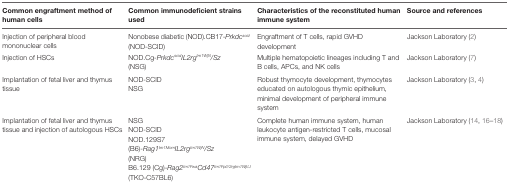
| Common engraftment method of human cells | Common immunodeficient strains used | Characteristics of the reconstituted human immune system | Source and references |
 | --- | --- | --- | --- |
 | Injection of peripheral blood mononuclear cells | Nonobese diabetic (NOD).CB17-Prkdcscid (NOD-SCID) | Engraftment of T cells, rapid GVHD development | Jackson Laboratory (2) |
 | Injection of HSCs | NOD.Cg-PrkdcscidIL2rgtm1WjN/Sz (NSG) | Multiple hematopoietic lineages including T and B cells, APCs, and NK cells | Jackson Laboratory (7) |
 | Implantation of fetal liver and thymus tissue | NOD-SCID NSG | Robust thymocyte development, thymocytes educated on autologous thymic epithelium, minimal development of peripheral immune system | Jackson Laboratory (3, 4) |
 | Implantation of fetal liver and thymus tissue and injection of autologous HSCs | NSGNOD-SCIDNOD.129S7(B6)-Rag1tm1MomIL2rgtm1WjN/Sz (NRG)B6.129 (Cg)-Rag2tm1FwaCd47tm1FpI//2rgtm1WjI/J(TKO-C57BL6) | Complete human immune system, human leukocyte antigen-restricted T cells, mucosal immune system, delayed GVHD | Jackson Laboratory (14, 16–18) |